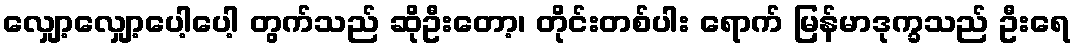
လျှော့လျှော့ပေါ့ပေါ့ တွက်သည် ဆိုဦးတော့၊ တိုင်းတစ်ပါး ရောက် မြန်မာဒုက္ခသည် ဦးရေ